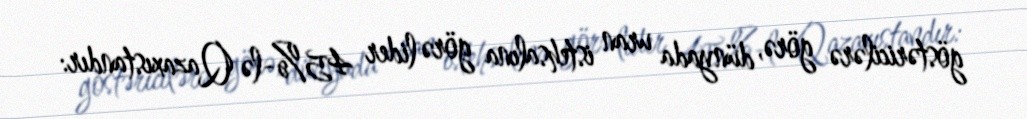
göstəricilərə görə, dünyada uran istehsalına görə lider 45%-lə Qazaxıstandır: